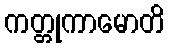
ကတ္တုကာမောတိ